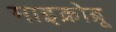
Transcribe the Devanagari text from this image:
माइक्रोब्रू